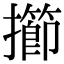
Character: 擳